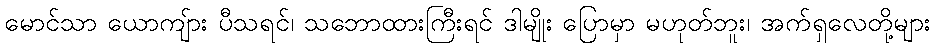
မောင်သာ ယောကျ်ား ပီသရင်၊ သဘောထားကြီးရင် ဒါမျိုး ပြောမှာ မဟုတ်ဘူး၊ အက်ရှလေတို့များ